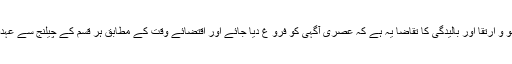
ان کا استدلال یہ تھا کہ تہذیب اور تمدن کی نشو و ارتقا اور بالیدگی کا تقاضا یہ ہے کہ عصری آگہی کو فرو غ دیا جائے اور اقتضائے وقت کے مطابق ہر قسم کے چیلنج سے عہدہ بر آ ہونے کے لیے خود کو تیار رکھا جائے۔